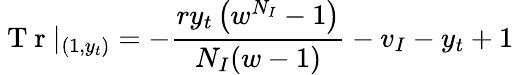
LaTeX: \mathrm{~T~r~}|_{(1,y_{t})}=-\frac{ry_{t}\left(w^{N_{I}}-1\right)}{N_{I}(w-1)}-v_{I}-y_{t}+1